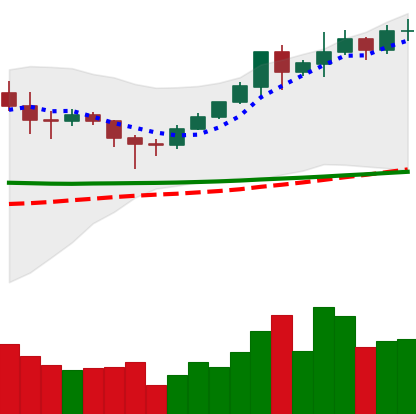
Ticker: XMR-USD
Chart end date: 2020-02-06
Forward return: 15.028%
Label: up_7plus